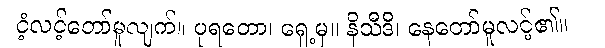
ငံ့လင့်တော်မူလျက်။ ပုရတော၊ ရှေ့မှ။ နိသီဒိ၊ နေတော်မူလင့်၏။